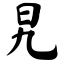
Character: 旯